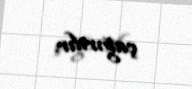
çağırılır.